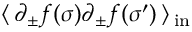
\: \langle \, \partial _ { \pm } f ( \sigma ) \partial _ { \pm } f ( \sigma ^ { \prime } ) \, \rangle \, _ { \mathrm { { i n } } } \: